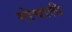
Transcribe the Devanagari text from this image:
गोचाली